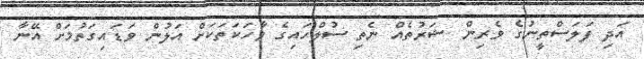
އަދި ފަލަސްތީނުގެ ވެރިން ޝަރުތެއް ނެތި ސުލްހައިގެ ވާހަކަތަކަށް އަލުން ވަޑައިގަތުމަށް އޭނާ